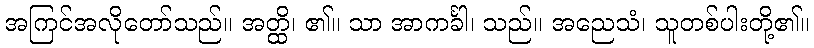
အကြင်အလိုတော်သည်။ အတ္ထိ၊ ၏။ သာ အာကင်္ခါ၊ သည်။ အညေသံ၊ သူတစ်ပါးတို့၏။